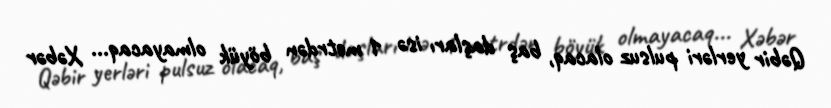
Qəbir yerləri pulsuz olacaq, baş daşları isə 1 metrdən böyük olmayacaq... Xəbər